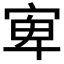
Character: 𱚋